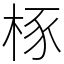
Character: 㭬